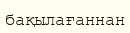
бақылағаннан